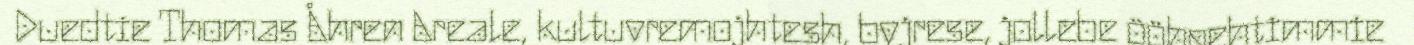
Duedtie Thomas Åhren Areale, kultuvremojhtesh, byjrese, jollebe ööhpehtimmie